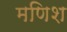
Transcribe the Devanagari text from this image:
मणिश